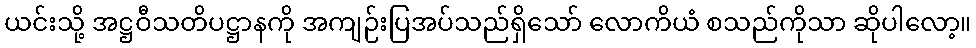
ယင်းသို့ အဋ္ဌဝီသတိပဋ္ဌာနကို အကျဉ်းပြအပ်သည်ရှိသော် လောကိယံ စသည်ကိုသာ ဆိုပါလော့။